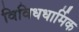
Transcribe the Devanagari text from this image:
विविधधार्मिक